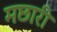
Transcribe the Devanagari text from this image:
मछारी